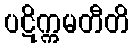
ပဋိက္ကမတီတိ